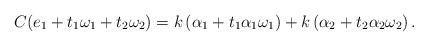
\begin{align*}C(e_1+t_1\omega_1+t_2\omega_2) = k\left(\alpha_1+t_1\alpha_1\omega_1\right) + k\left(\alpha_2+t_2\alpha_2\omega_2\right) .\end{align*}